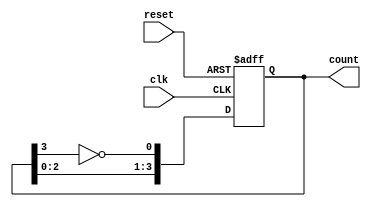
module johnson_counter #(
    parameter WIDTH = 4 // Should be an even number
)(
    input wire clk,        // Clock signal
    input wire reset,      // Asynchronous reset
    output reg [WIDTH-1:0] count // Output count value
);

    always @(posedge clk or posedge reset) begin
        if (reset) begin
            count <= 0; // Reset count to 0
        end else begin
            count <= {count[WIDTH-2:0], ~count[WIDTH-1]}; // Shift and feedback
        end
    end

endmodule